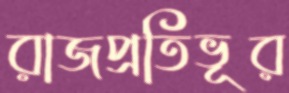
রাজপ্রতিভূর